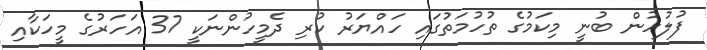
ފުލުހުން ބުނީ މިކަމުގެ ތުހުމަތުގައި ހައްޔަރު ކުރި ދެމީހުންނަކީ 37 އަހަރުގެ މީހަކާއި